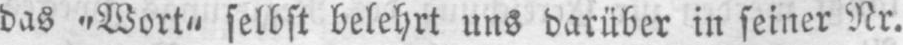
das „Wort“ selbst belehrt uns darüber in seiner Nr.